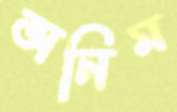
অনিম